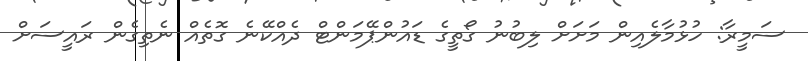
ސަމީރާ: ހުޅުމާލެއިން މަށަށް ލިބުނު ގޯތީގެ ޑައުންޕޭމަންޓް ދެއްކޭނެ ގޮތެއް ނެތިގެން ރައީސަށް